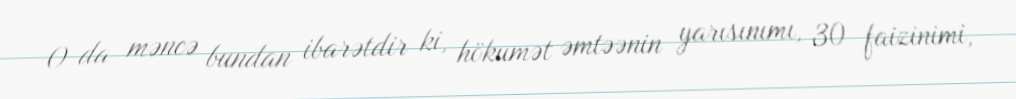
O da məncə bundan ibarətdir ki, hökumət əmtəənin yarısınımı, 30 faizinimi,